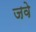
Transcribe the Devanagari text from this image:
जवे